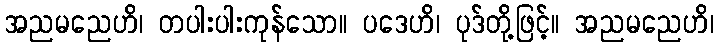
အညမညေဟိ၊ တပါးပါးကုန်သော။ ပဒေဟိ၊ ပုဒ်တို့ဖြင့်။ အညမညေဟိ၊